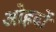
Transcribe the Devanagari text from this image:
अोहदों